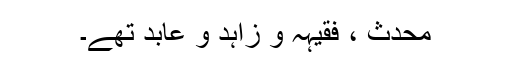
محدث ، فقیہہ و زاہد و عابد تھے۔